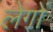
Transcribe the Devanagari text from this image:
लेगों